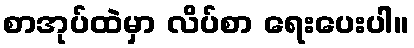
စာအုပ်ထဲမှာ လိပ်စာ ရေးပေးပါ။